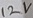
Text: 12V